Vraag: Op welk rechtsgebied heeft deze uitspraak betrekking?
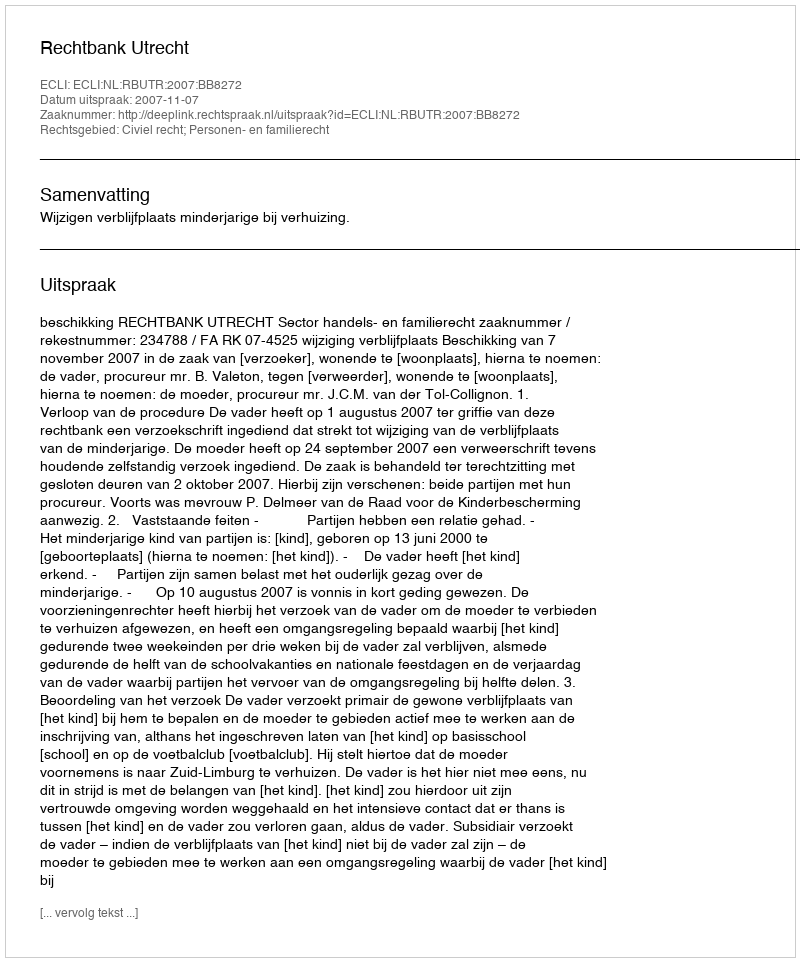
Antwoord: Civiel recht; Personen- en familierecht